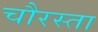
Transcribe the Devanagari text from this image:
चौरस्ता